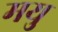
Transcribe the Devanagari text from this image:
मयु